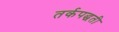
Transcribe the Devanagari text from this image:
तर्कपद्धती